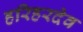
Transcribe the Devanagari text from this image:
हरिहरदेव